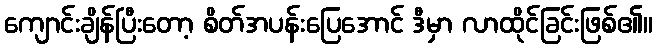
ကျောင်းချိန်ပြီးတော့ စိတ်အပန်းပြေအောင် ဒီမှာ လာထိုင်ခြင်းဖြစ်၏။